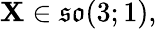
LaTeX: \mathbf{X}\in{\mathfrak{{so}}}(3;1),